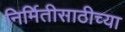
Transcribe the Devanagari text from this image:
निर्मितीसाठीच्या